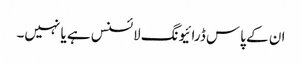
ان کے پاس ڈرائیونگ لائسنس ہے یا نہیں۔